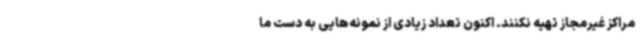
مراکز غیرمجاز تهیه نکنند. اکنون تعداد زیادی از نمونه‌هایی به دست ما